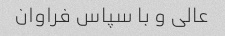
عالی و با سپاس فراوان